Vaccination in Bombay 1913-1923 - 1913-1923
Year: 1913
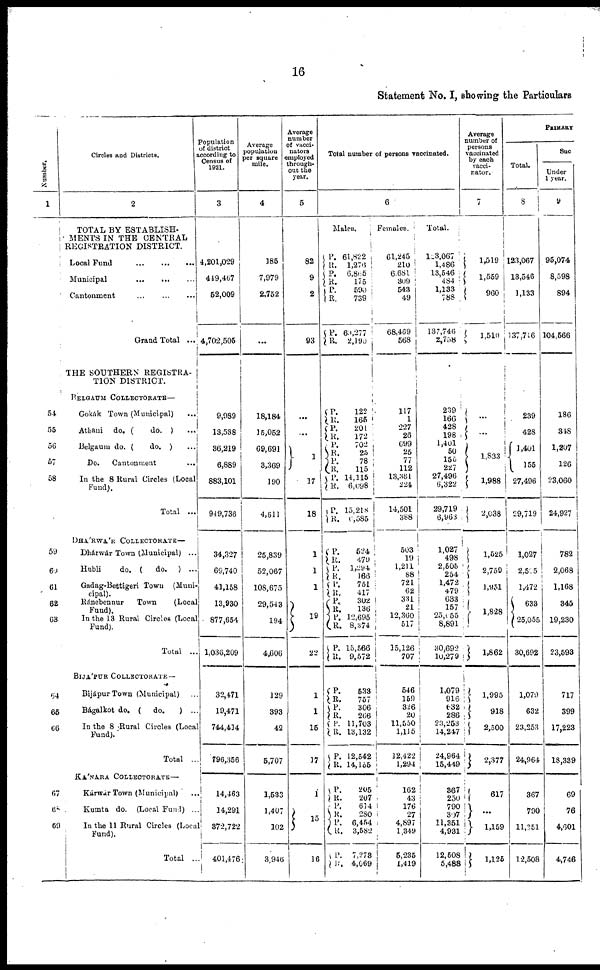
16
Statement No. I, showing the Particulars
Number.
1
54
55
56
57
58
59
60
61
62
63
64
65
66
67
68
69
Circles and Districts.
2
TOTAL BY ESTABLISH-
MENTS IN THE CENTRAL
REGISTRATION DISTRICT.
Local Fund ... ... ...
Municipal
...
...
...
Cantonment
...
...
...
Grand Total ...
THE SOUTHERN REGISTRA¬
TION DISTRICT.
BELGAUM COLLECTORATE—
Gokák Town (Municipal)
...
Athani
do. (
do. )
...
Belgaum do. (
do. ) ...
Do.
Cantonment
...
In the 8 Rural Circles (Local
Fund).
Total ...
DHÁRWÁR COLLECTORATE—
Dhárwár Town (Municipal) ...
Hubli
do. (
do.
) ...
Gadag-Bettigeri Town (Muni¬
cipal).
Ránebennur Town (Local
Fund).
In the 13 Rural Circles (Local
Fund).
Total ...
BIJÁPUR COLLECTORATE—
Bijápur Town (Municipal) ...
Bágalkot do. (
do.
) ...
In the 8 Rural Circles (Local
Fund).
Total ...
KÁNARA COLLECTORATE—
Kárwár Town (Municipal)
...
Kumta do. (Local Fund) ...
In the 11 Rural Circles (Local
Fund).
Total ..
Population
of district
according to
Census of
1921.
3
4,201,029
449,467
52,009
4,702,505
9,989
13,538
36,219
6,889
883,101
949,738
34,327
69,740
41,158
13,930
877,654
1,036,209
32,471
19,471
744,414
796,356
14,463
14,291
372,722
401,476
Average
population
per square
mile.
4
185
7,979
2,752
...
18,184
15,052
69,691
3,369
190
4,611
25,839
52,067
108,675
29,543
194
4,606
129
393
42
5,707
1,533
1,407
102
3,946
Average
number
of vacci¬
nators
employed
through-
out the
year.
5
82
9
2
93
...
...
1
17
18
1
1
1
19
22
1
1
15
17
1
15
16
Total number of persons vaccinated.
6
Males.
P.
R.
P.
R. P.
R.
P.
R.
61,822
1,276
6,865
175
590
739
69,277
2,190
P.
R.
P.
R.
P.
R.
P.
R.
P.
R.
P.
R.
122
165
201
172
702
25
78
115
14,115
6,098
15,218
6,585
P.
R.
P.
R.
P.
R.
P.
R.
P.
R.
P.
R.
524
479
1,294
166
751
417
302
136
12,695
8,374
15,566
9,572
P.
R.
P.
R.
P.
R.
P.
R.
533
757
306
266
11,703
13,132
12,542
14,155
P.
R.
P.
R.
P.
R.
P.
R.
205
207
614
280
6,454
3,582
7,273
4,069
Females.
61,245
210
6,681
309
543
49
68,469
568
117
1
227
26
699
25
77
112
13,381
224
14,501
388
503
19
1,211
88
721
62
331
11
12,360
517
15,126
707
546
159
326
20
11,550
1,115
12,422
1,294
162
43
176
27
4,897
1,349
5,235
1,419
Total.
123,067
1,486
13,546
484
1,133
788
137,746
2,758
239
166
428
198
1,401
50
155
227
27,496
6,322
29,719
6,963
1,027
498
2,505
254
1,472
479
633
157
25,055
8,891
30,692
10,279
1,079
916
632
286
23,253
14,247
24,964
15,449
367
250
790
307
11,351
4,931
12,508
5,488
Average
number of
persons
vaccinated
by each
vacci¬
nator.
7
1,519
1,559
960
1,510
...
...
1,833
1,988
2,038
1,525
2,759
1,951
1,828
1,862
1,995
918
2,500
2,377
617
...
1,159
1,125
PRIMARY
Total.
8
123,067
13,546
1,133
137,716
239
428
1,401
155
27,496
29,719
1,027
2,505
1,472
633
25,055
30,692
1,079
632
23,253
24,964
367
790
11,351
12,508
Suc
Under
1 year.
9
95,074
8,598
894
104,566
186
348
1,207
126
23,060
24,927
782
2,068
1,168
345
19,230
23,593
717
399
17,223
18,339
69
76
4,601
4,746